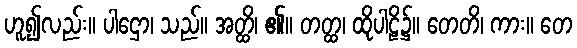
ဟူ၍လည်း။ ပါဌော၊ သည်။ အတ္ထိ၊ ၏။ တတ္ထ၊ ထိုပါဠိ၌။ တေတိ၊ ကား။ တေ